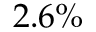
2 . 6 \%